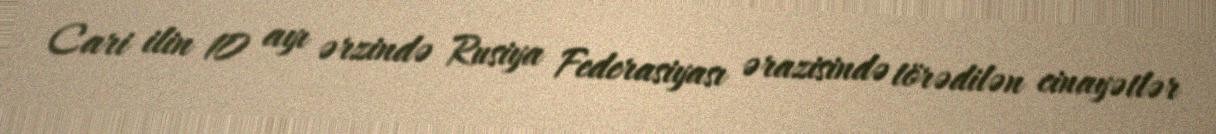
Cari ilin 10 ayı ərzində Rusiya Federasiyası ərazisində törədilən cinayətlər